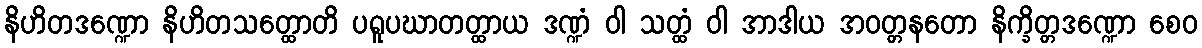
နိဟိတဒဏ္ဍော နိဟိတသတ္ထောတိ ပရူပဃာတတ္ထာယ ဒဏ္ဍံ ဝါ သတ္ထံ ဝါ အာဒါယ အဝတ္တနတော နိက္ခိတ္တဒဏ္ဍော စေဝ